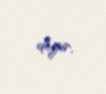
deyir.